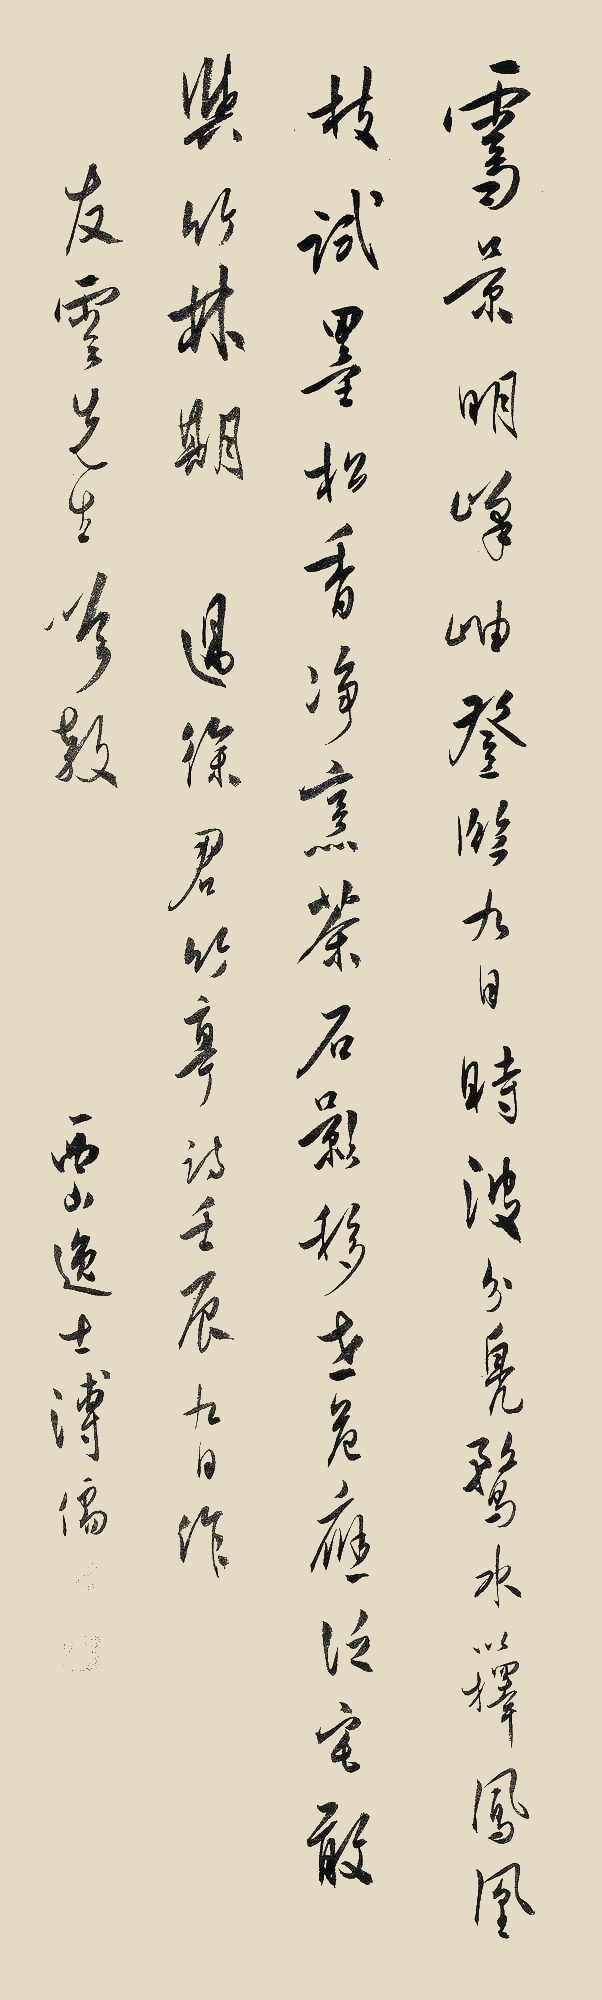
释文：霁景明峰岫，登临九日时。波分凫鹜水，以择凤凰枝。试墨松香净，烹茶石影移。世危应泛宅，敢与竹林期。过徐君竹亭诗。壬辰九日作。友云先生吟教。西山逸士溥儒。